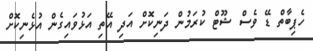
ހެޕިބާތް ޑޭ ވެސް ޝޫޓް ކުރަމުން ދަނިކޮށް އަދި އޭތި އަޅުވައިގެން އުޅެނިކޮށް